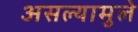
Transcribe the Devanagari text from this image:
असल्यामुले